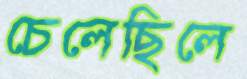
চেলেছিলে